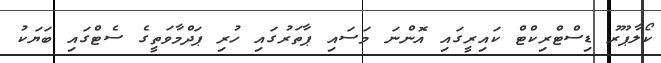
ކޯލާޕޫރު ޑިސްޓްރިކްޓް ކައިރީގައި އޮންނަ މަސައި ޕާތަރުގައި ހުރި ޕަދްމާވަތީގެ ސެޓްގައި ބަޔަކު